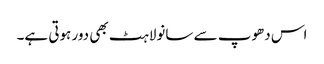
اس دھوپ سے سانولاہٹ بھی دور ہوتی ہے۔